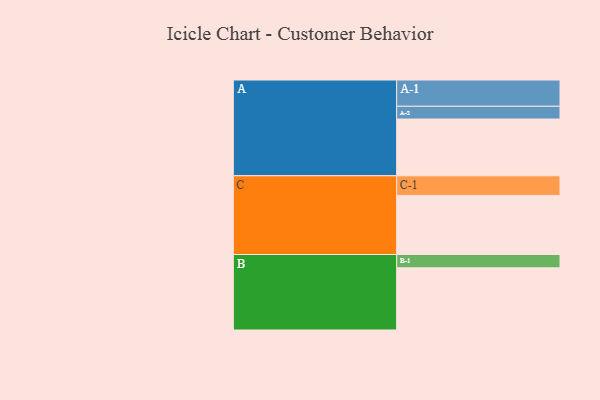
{"axis": {"x": "Segment", "y": "Value"}, "legend": ["", "A", "B", "C"], "data": [{"x": "A", "y": 512, "type": ""}, {"x": "B", "y": 561, "type": ""}, {"x": "C", "y": 533, "type": ""}, {"x": "A-1", "y": 237, "type": "A"}, {"x": "A-2", "y": 115, "type": "A"}, {"x": "B-1", "y": 120, "type": "B"}, {"x": "C-1", "y": 177, "type": "C"}]}